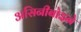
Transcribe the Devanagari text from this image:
असिनीबोइने